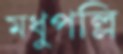
মধুপল্লি